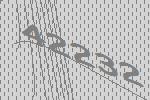
42232